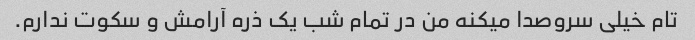
تام خیلی سروصدا میکنه من در تمام شب یک ذره آرامش و سکوت ندارم.